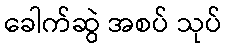
ခေါက်ဆွဲ အစပ် သုပ်